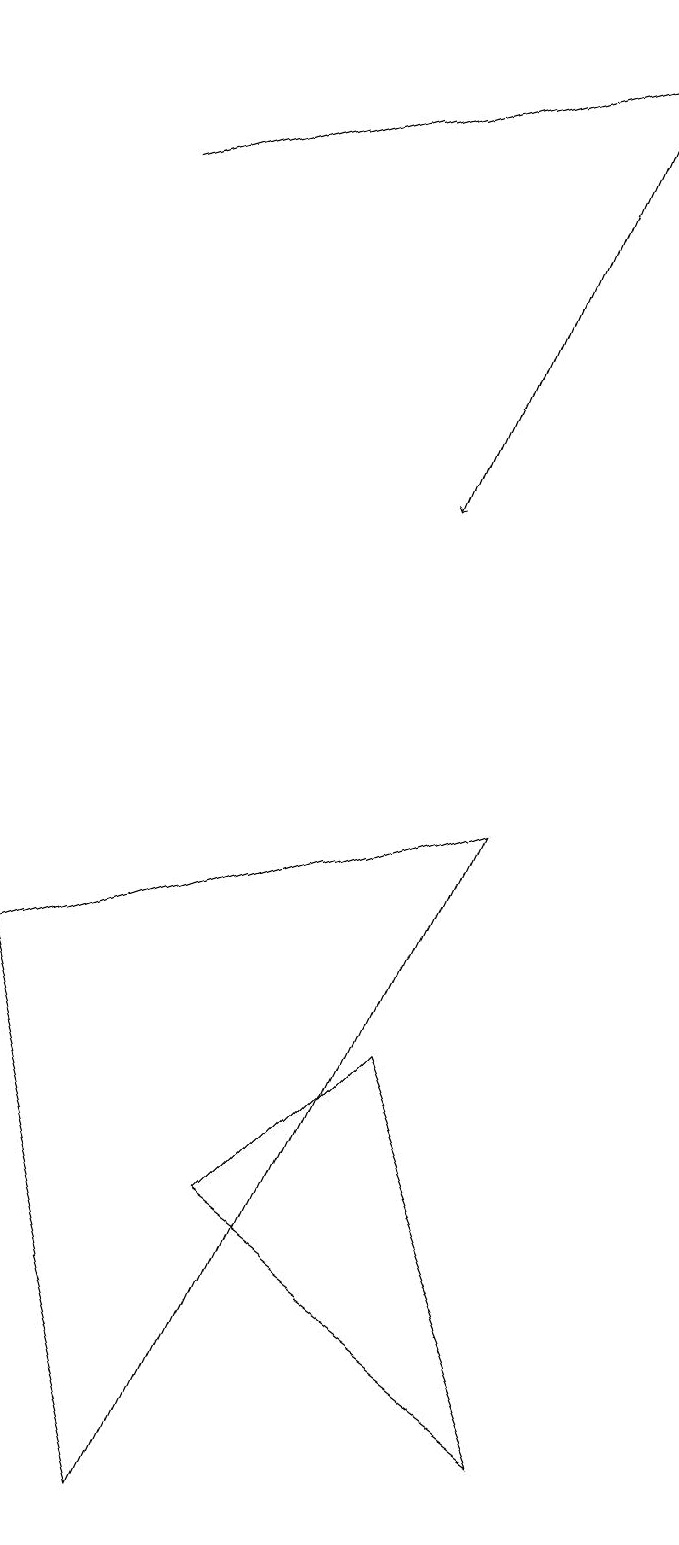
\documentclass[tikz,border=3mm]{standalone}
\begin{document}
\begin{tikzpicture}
\draw (4,4) -- (8,1) -- (6,6) -- cycle;
\draw[->] (8,18) -- (6,13);
\draw (3,0) -- (7,9) -- (1,7) -- cycle;
\draw[->] (2,17) -- (9,19);
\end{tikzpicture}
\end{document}